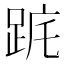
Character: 𨀟